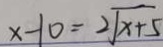
x - 1 0 = 2 \sqrt { x + 5 }